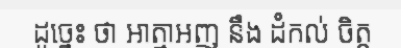
ដូច្នេះ ថា ឤត្មាអញ នឹង ដំកល់ ចិត្ត